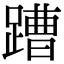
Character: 蹧